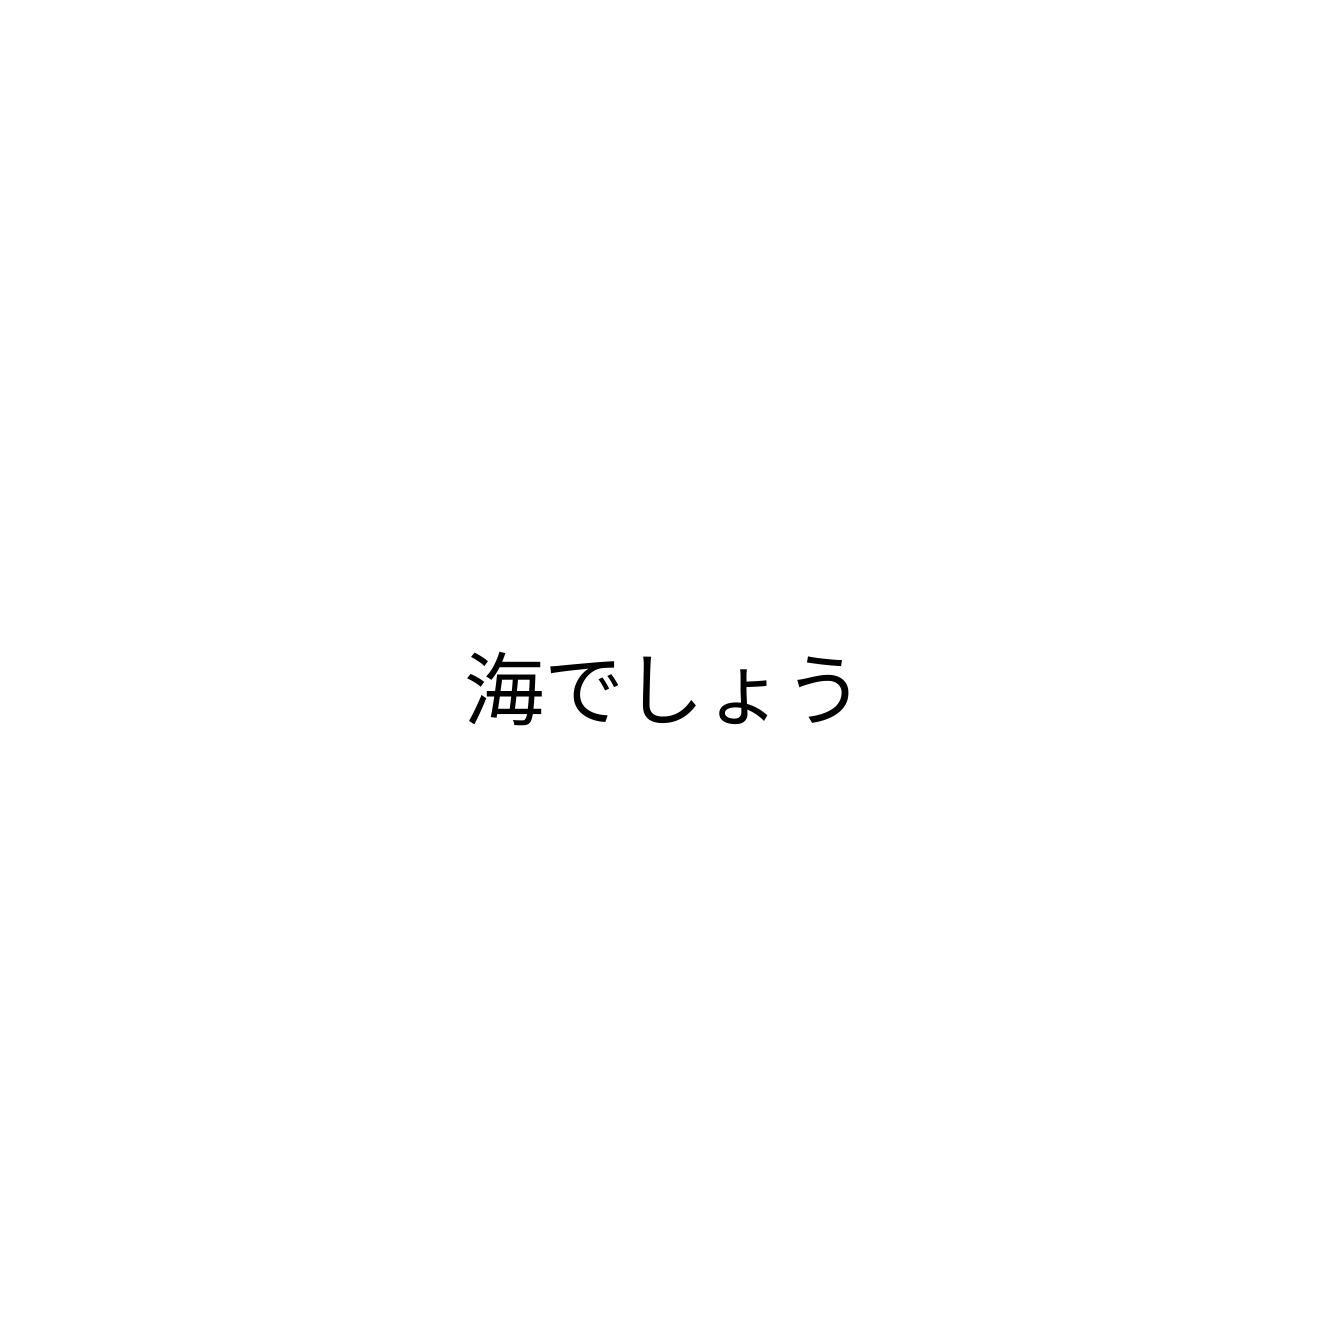
海でしょう